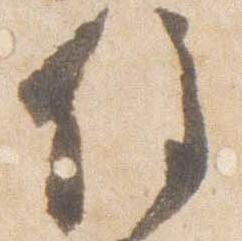
住